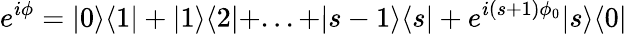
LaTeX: e^{i\phi}=|0\rangle\langle 1|+|1\rangle\langle 2|+...+|s-1\rangle\langle s|+e^{i(s+1)\phi_{0}}|s\rangle\langle 0|